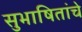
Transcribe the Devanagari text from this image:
सुभाषितांचे